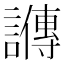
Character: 𬣋